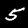
Digit: 5